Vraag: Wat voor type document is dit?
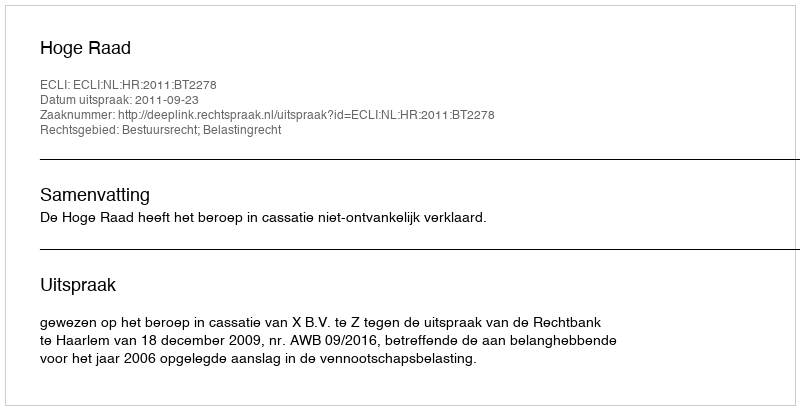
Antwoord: Uitspraak